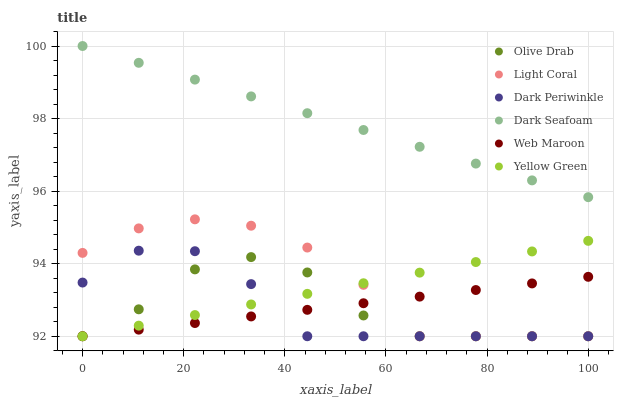
| xaxis_label | Olive Drab | Light Coral | Dark Periwinkle | Dark Seafoam | Web Maroon | Yellow Green |
 | --- | --- | --- | --- | --- | --- | --- |
 | 0 | 92 | 94.3 | 93.5 | 100 | 92 | 92 |
 | 11.1 | 92.7 | 95 | 94.4 | 99.5 | 92.2 | 92.3 |
 | 22.2 | 93.8 | 95.2 | 94.3 | 99.1 | 92.4 | 92.6 |
 | 33.3 | 94.2 | 95 | 93.4 | 98.6 | 92.5 | 92.9 |
 | 44.4 | 93.8 | 94.4 | 92 | 98.1 | 92.7 | 93.2 |
 | 55.6 | 92.6 | 93.4 | 92 | 97.7 | 92.9 | 93.5 |
 | 66.7 | 92 | 92 | 92 | 97.2 | 93.1 | 93.8 |
 | 77.8 | 92 | 92 | 92 | 96.8 | 93.3 | 94 |
 | 88.9 | 92 | 92 | 92 | 96.3 | 93.5 | 94.3 |
 | 100 | 92 | 92 | 92 | 95.8 | 93.6 | 94.6 |